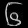
Digit: ၆